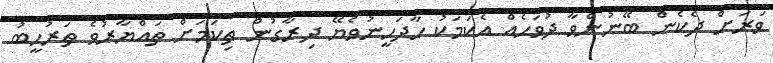
ވަރަށް ދެކެން ބޭނުންވާ ދުވަހެއް އެކަމަކު ހާދަހީނުވެޔޭ ދިރާގުން ތިކަމަށް ތައްޔާރުވެ ތަރުހީބު